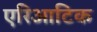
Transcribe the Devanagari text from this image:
एरिआटिक